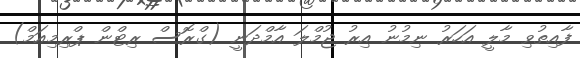
ފާއިތުވި މާލީ އަހަރު ނިމުނު އިރު ޖުމްލަ އާމްދަނީ (ގްރޮސް ރިޓްން ޕްރިމިއަމް)